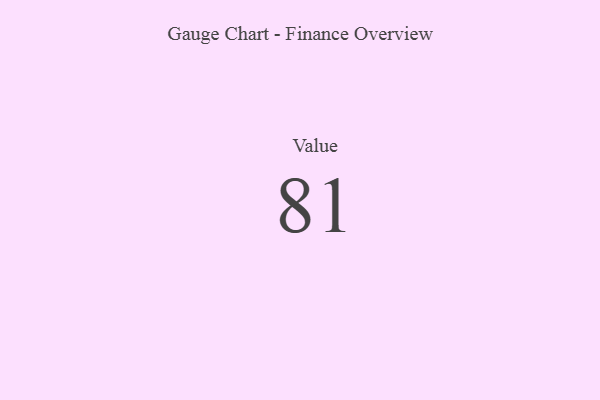
{"axis": {"x": "Metric", "y": "Value"}, "legend": [""], "data": [{"x": "Value", "y": 81, "type": ""}]}